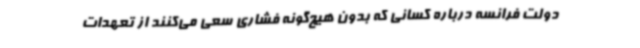
دولت فرانسه درباره کسانی که بدون هیچ‌گونه فشاری سعی می‌کنند از تعهدات